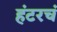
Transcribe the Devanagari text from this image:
हंटरचं